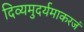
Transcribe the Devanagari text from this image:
दिव्यमुदर्यमाकरजं